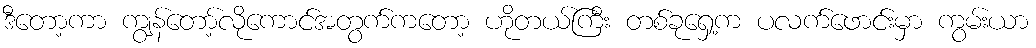
ဒီတော့ကာ ကျွန်တော့်လိုကောင်အတွက်ကတော့ ဟိုတယ်ကြီး တစ်ခုရှေ့က ပလက်ဖောင်းမှာ ကွမ်းယာ